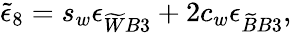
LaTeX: \widetilde{\epsilon}_{8}=s_{w}\epsilon_{\widetilde{W}B3}+2c_{w}\epsilon_{\widetilde{B}B3},